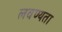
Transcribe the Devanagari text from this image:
लवण्यता